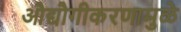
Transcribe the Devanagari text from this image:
औद्यौगीकरणामुळे